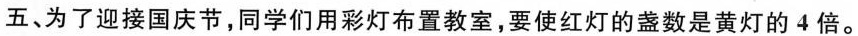
五、为了迎接国庆节，同学们用彩灯布置教室，要使红灯的盏数是黄灯的4倍。